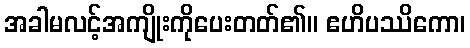
အခါမလင့်အကျိုးကိုပေးတတ်၏။ ဧဟိပဿိကော၊